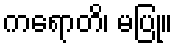
ကရောတိ၊ မပြု။